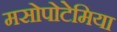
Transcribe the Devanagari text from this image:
मसोपोटेमिया